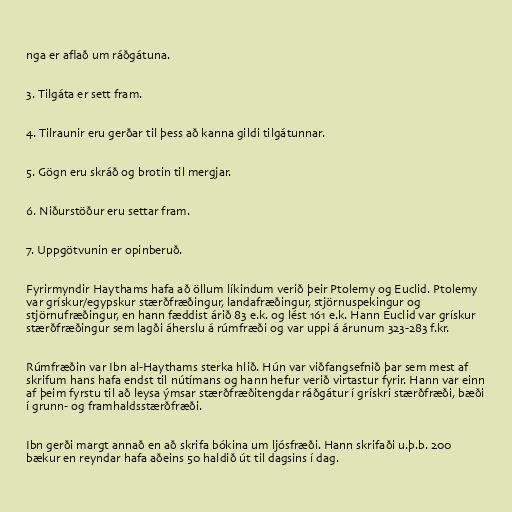
nga er aflað um ráðgátuna.

3. Tilgáta er sett fram.

4. Tilraunir eru gerðar til þess að kanna gildi tilgátunnar.

5. Gögn eru skráð og brotin til mergjar.

6. Niðurstöður eru settar fram.

7. Uppgötvunin er opinberuð.

Fyrirmyndir Haythams hafa að öllum líkindum verið þeir Ptolemy og Euclid. Ptolemy
var grískur/egypskur stærðfræðingur, landafræðingur, stjörnuspekingur og
stjörnufræðingur, en hann fæddist árið 83 e.k. og lést 161 e.k. Hann Euclid var grískur
stærðfræðingur sem lagði áherslu á rúmfræði og var uppi á árunum 323-283 f.kr.

Rúmfræðin var Ibn al-Haythams sterka hlið. Hún var viðfangsefnið þar sem mest af
skrifum hans hafa endst til nútímans og hann hefur verið virtastur fyrir. Hann var einn
af þeim fyrstu til að leysa ýmsar stærðfræðitengdar ráðgátur í grískri stærðfræði, bæði
í grunn- og framhaldsstærðfræði.

Ibn gerði margt annað en að skrifa bókina um ljósfræði. Hann skrifaði u.þ.b. 200
bækur en reyndar hafa aðeins 50 haldið út til dagsins í dag.